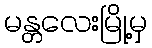
မန္တလေးမြို့မှ